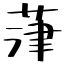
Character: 葏